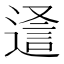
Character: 𮞵